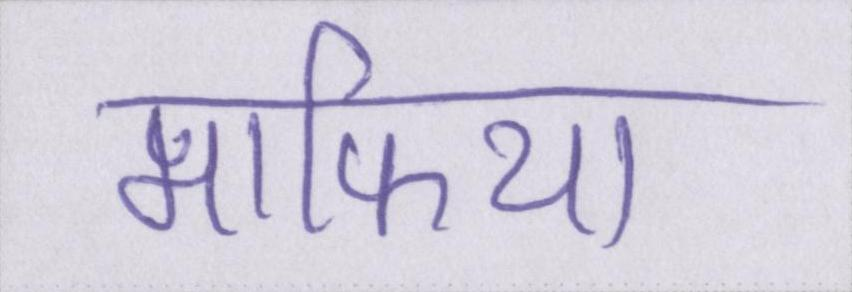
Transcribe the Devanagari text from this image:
माफिया